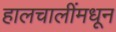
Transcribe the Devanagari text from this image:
हालचालींमधून